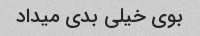
بوی خیلی بدی میداد